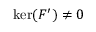
\ker ( F ^ { \prime } ) \neq 0